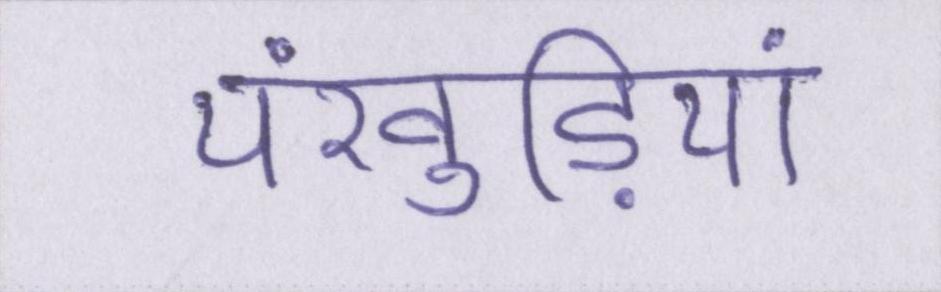
पंखुड़ियां